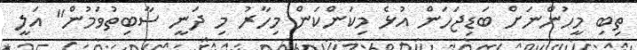
ތިބި މީހުންނަށް ބަޑިޖަހަން އުޅެ މިކަންކަން މިހާރު މި ދަނީ ސާބިތުވަމުން" އަލީ